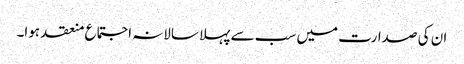
ان کی صدارت میں سب سے پہلا سالانہ اجتماع منعقد ہوا۔